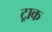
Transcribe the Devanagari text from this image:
ट्राक